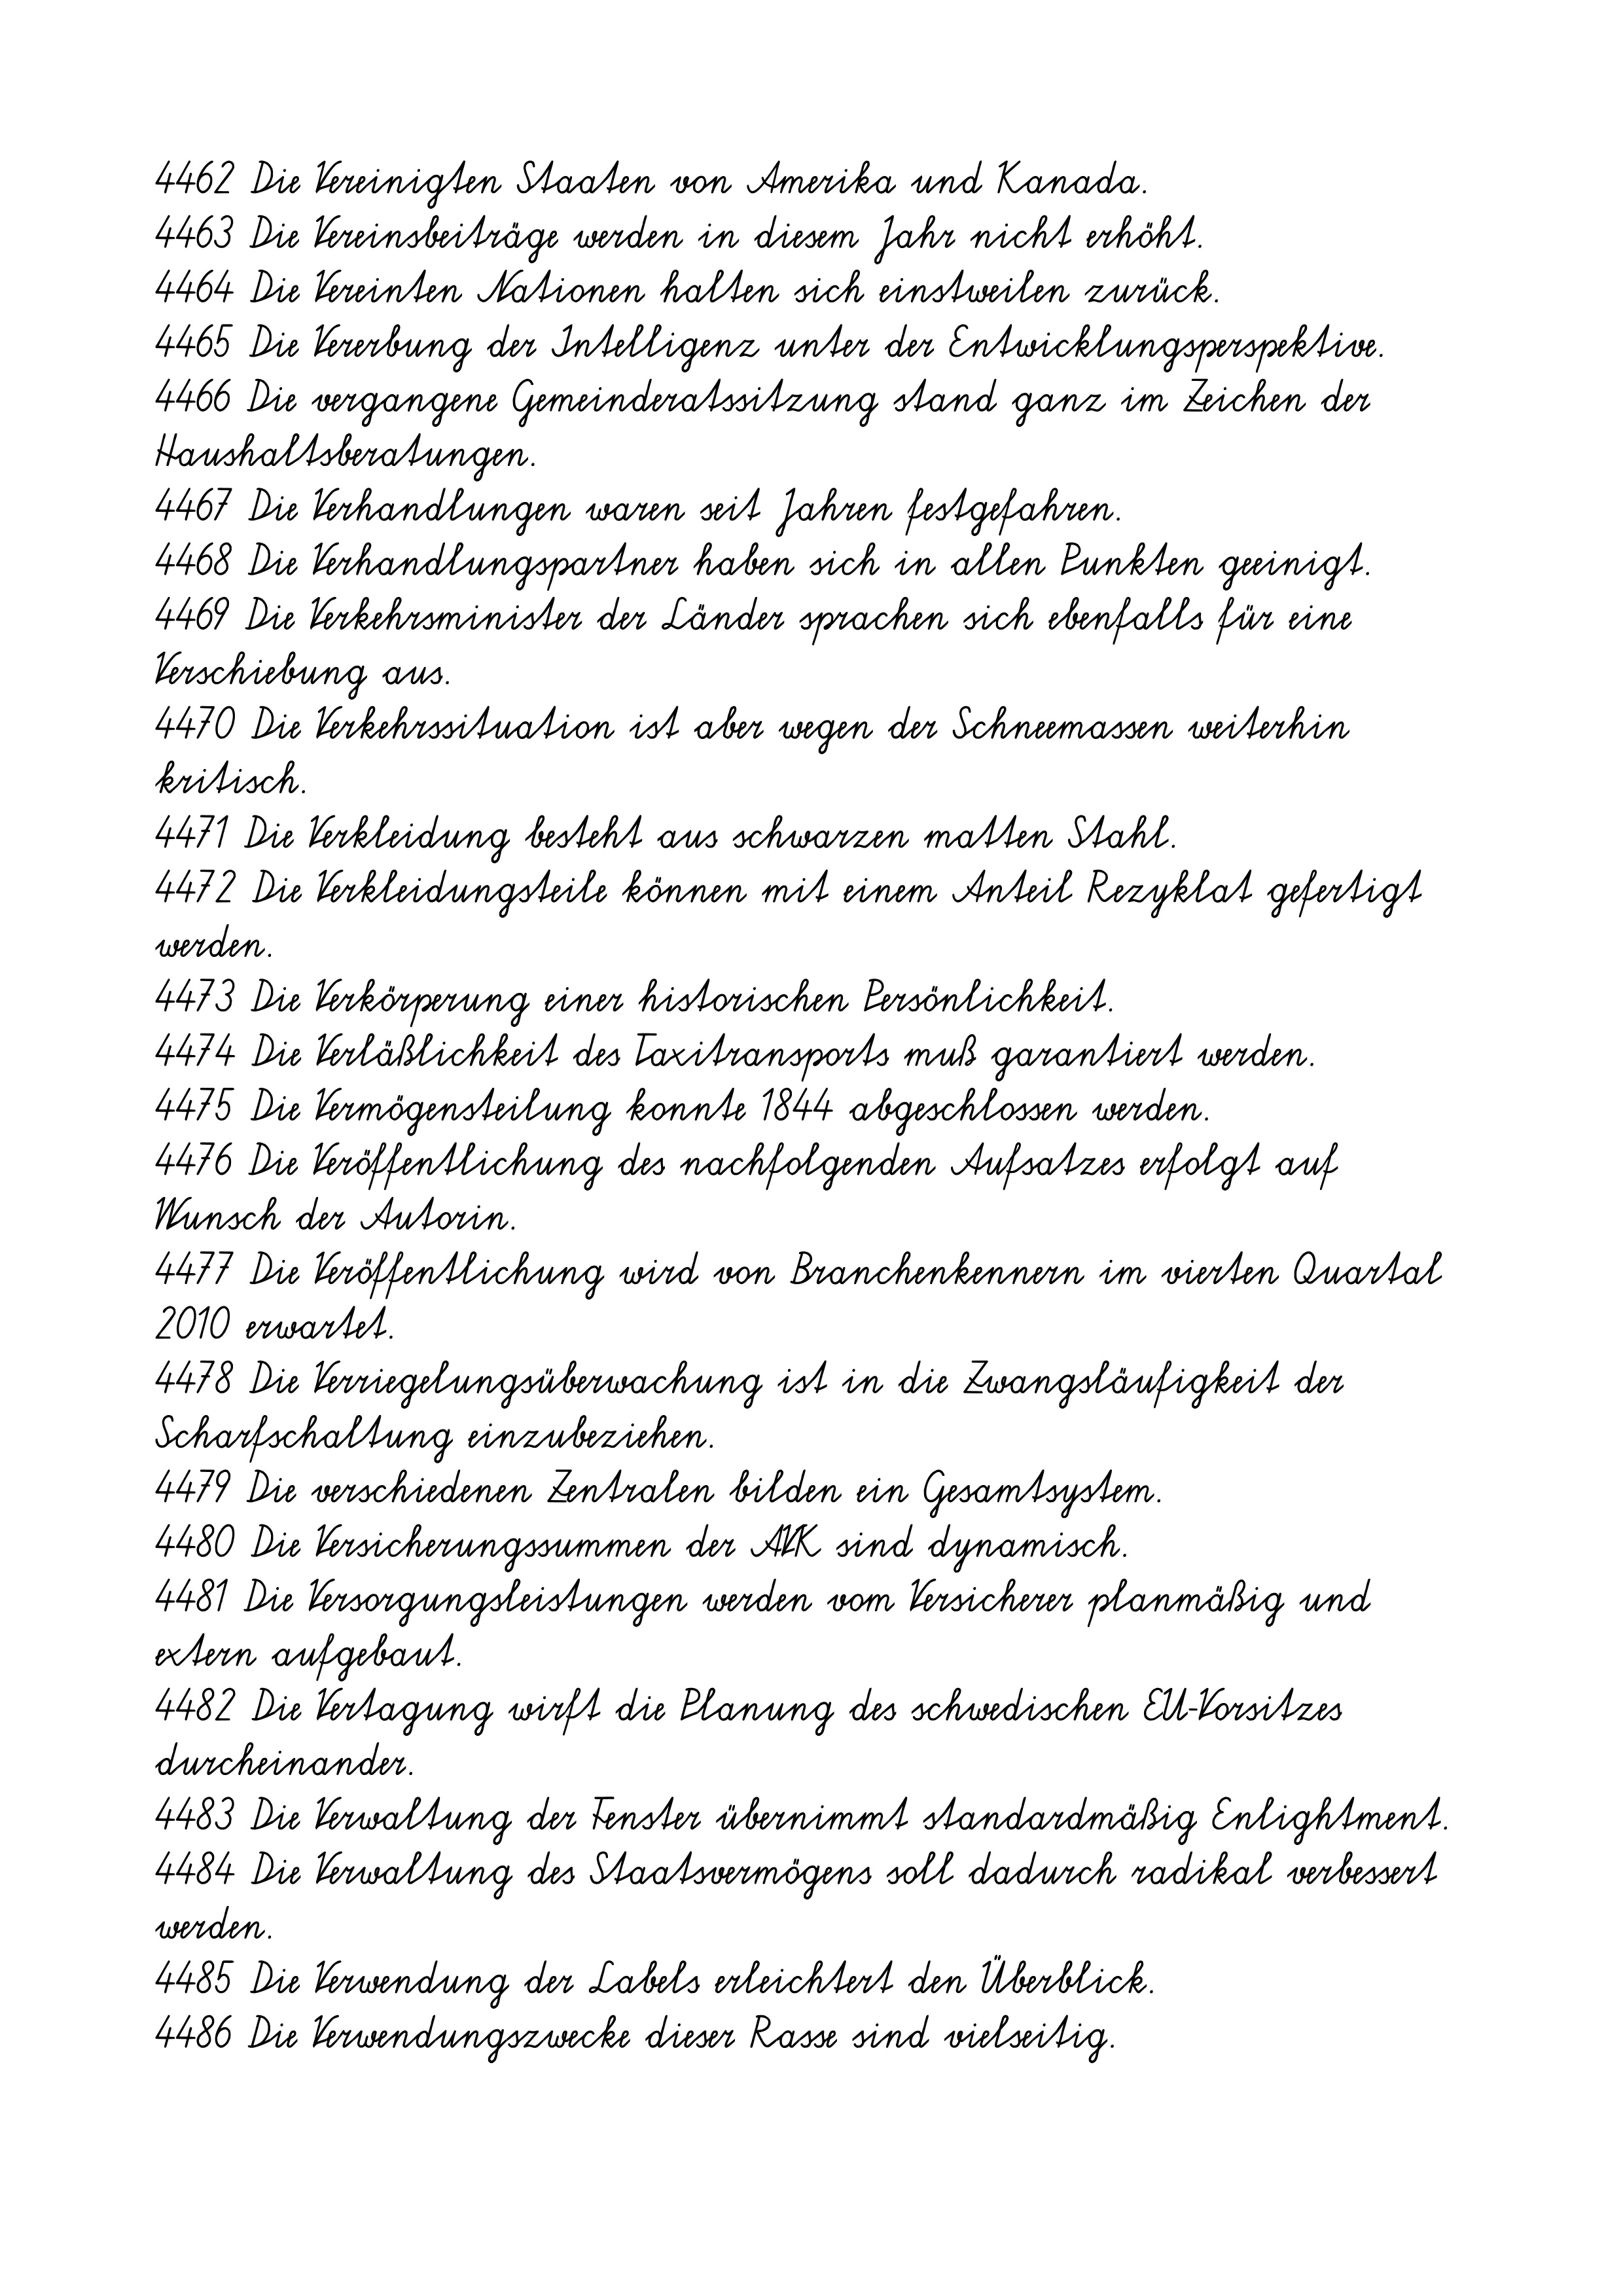
4462 Die Vereinigten Staaten von Amerika und Kanada.
4463 Die Vereinsbeiträge werden in diesem Jahr nicht erhöht.
4464 Die Vereinten Nationen halten sich einstweilen zurück.
4465 Die Vererbung der Intelligenz unter der Entwicklungsperspektive.
4466 Die vergangene Gemeinderatssitzung stand ganz im Zeichen der
Haushaltsberatungen.
4467 Die Verhandlungen waren seit Jahren festgefahren.
4468 Die Verhandlungspartner haben sich in allen Punkten geeinigt.
4469 Die Verkehrsminister der Länder sprachen sich ebenfalls für eine
Verschiebung aus.
4470 Die Verkehrssituation ist aber wegen der Schneemassen weiterhin
kritisch.
4471 Die Verkleidung besteht aus schwarzen matten Stahl.
4472 Die Verkleidungsteile können mit einem Anteil Rezyklat gefertigt
werden.
4473 Die Verkörperung einer historischen Persönlichkeit.
4474 Die Verläßlichkeit des Taxitransports muß garantiert werden.
4475 Die Vermögensteilung konnte 1844 abgeschlossen werden.
4476 Die Veröffentlichung des nachfolgenden Aufsatzes erfolgt auf
Wunsch der Autorin.
4477 Die Veröffentlichung wird von Branchenkennern im vierten Quartal
2010 erwartet.
4478 Die Verriegelungsüberwachung ist in die Zwangsläufigkeit der
Scharfschaltung einzubeziehen.
4479 Die verschiedenen Zentralen bilden ein Gesamtsystem.
4480 Die Versicherungssummen der AVK sind dynamisch.
4481 Die Versorgungsleistungen werden vom Versicherer planmäßig und
extern aufgebaut.
4482 Die Vertagung wirft die Planung des schwedischen EU-Vorsitzes
durcheinander.
4483 Die Verwaltung der Fenster übernimmt standardmäßig Enlightment.
4484 Die Verwaltung des Staatsvermögens soll dadurch radikal verbessert
werden.
4485 Die Verwendung der Labels erleichtert den Überblick.
4486 Die Verwendungszwecke dieser Rasse sind vielseitig.